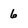
Character: 6